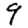
Digit: 9